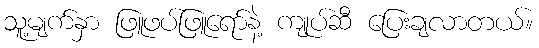
သူ့မျက်နှာ ဖြူဖပ်ဖြူရော်နဲ့ ကျုပ်ဆီ ပြေးချလာတယ်။